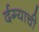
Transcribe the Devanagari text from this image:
र्दग्याची